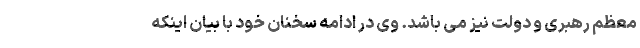
معظم رهبری و دولت نیز می باشد. وی در ادامه سخنان خود با بیان اینکه